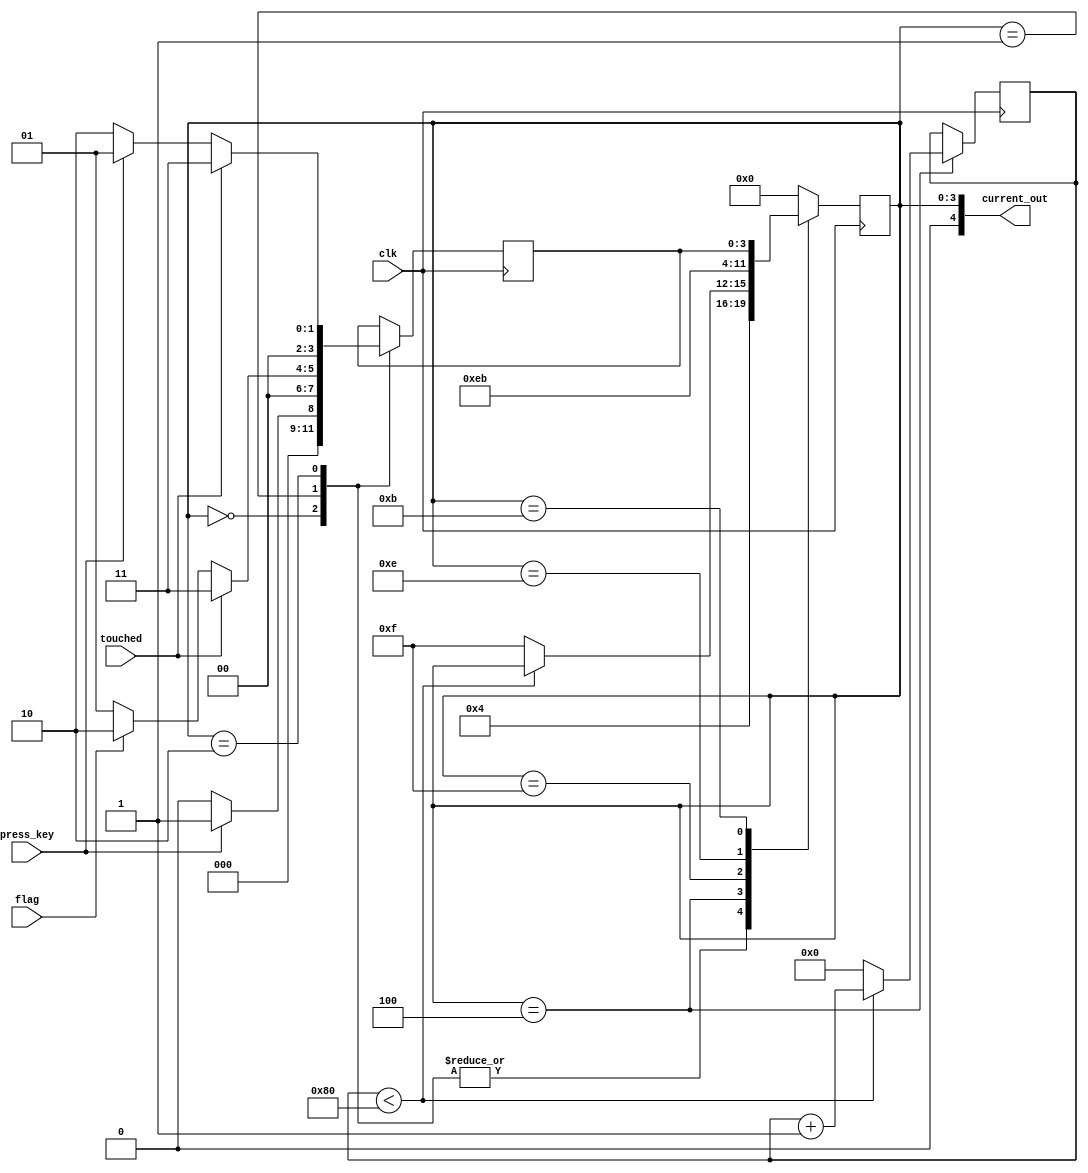
module control_bird(clk, flag, press_key, touched, current_out);
        input clk;
        input press_key;
        input touched;
        input flag; // whether bird is too high
        output [4:0] current_out;
        //current state and next state
        reg [3:0] next, afterDraw, current;
        
        localparam B_START = 5'b00000, B_RAISING = 5'b00001, B_FALLING = 5'b00010, B_STOP = 5'b00011, B_DRAW = 5'b00100, B_DEL = 5'b01111, B_UPDATE = 5'b01110, B_UPDATE_VY = 5'b01011; 
	
			reg [19:0]counter = 20'b00000000000000000000;
        always@(posedge clk)
        begin: state_table
                case(current)
                        B_START: begin
                                afterDraw <= press_key ? B_RAISING : B_START;
                                current <= B_DRAW;
                        end
                        B_RAISING: begin
                                if (touched) afterDraw <= B_STOP;
                                else afterDraw  <= flag ? B_FALLING : B_RAISING;
                                current <= B_DRAW;
                        end
                        B_FALLING: begin
                                if (touched) afterDraw <= B_STOP;
                                else begin 
										  afterDraw  <= press_key ? B_RAISING : B_FALLING;
										  end
                                current <= B_DRAW;
                        end
                        B_STOP: begin
									current <= B_START;
                        end
								B_DRAW: begin
									if(counter < 20'b00000000000010000000)
										counter = counter + 1'b1;
									else
									begin
										counter = 1'b0;
										current = B_DEL;
									end
								end
                        B_DEL: current <= B_UPDATE;
								B_UPDATE: current <= B_UPDATE_VY;
								B_UPDATE_VY: current <= afterDraw;
                        default current <= B_START;
                endcase
        end
	assign current_out = current;
        
        /*//enable signals
        always@(*)
        begin: enable_signals
                start = 1'b0;
                move = 1'b0;
                
                case(current)
                        B_START: start = 1'b1;
                        B_RAISING: move = 1'b1;
                        B_FALLING: move  = 1'b1;
                endcase
        end*/
                
        /*
        //state register
        always@(posedge clk)
        begin: state_FFS
                if (!resetn)
                        current <= B_START;
                else
                        current <= next;
        end*/
endmodule

/*
module control_bird(clk, flag, press_key, touched, finished_draw, current_out, progress);
        input clk;
        input press_key;
        input touched;
        input flag; // whether bird is too high
		  input finished_draw;
        output [3:0] current_out;
		  output progress;
        //current state and next state
        reg [3:0] next, afterDraw, current;
        
        localparam B_START = 4'b0000, B_RAISING = 4'b0001, B_FALLING = 4'b0010, B_STOP = 4'b0011, B_DRAW = 4'b0100, B_DEL = 4'b1111, B_UPDATE = 4'b1110; 
	
		reg finished;
        always@(posedge clk)
        begin: state_table
					
                case(current)
                        B_START: begin
											finished <= 1'b0;
                                afterDraw <= press_key ? B_RAISING : B_START;
                                current <= B_DRAW;
										  finished <= 1'b1;
                        end
                        B_RAISING: begin
										finished <= 1'b0;
                                if (touched) afterDraw <= B_STOP;
                                else afterDraw  <= flag ? B_FALLING : B_RAISING;
                                current <= B_DRAW;
										  finished <= 1'b1;
                        end
                        B_FALLING: begin
										finished <= 1'b0;
                                if (touched) afterDraw <= B_STOP;
                                else afterDraw  <= press_key ? B_RAISING : B_FALLING;
                                current <= B_DRAW;
										  finished <= 1'b1;
                        end
                        B_STOP: begin
									finished <= 1'b0;
									if (touched) begin
									current <= B_START;
									finished <= 1'b1;
									end
                        end
								B_DRAW: current <= B_DEL;
                        B_DEL: current <= B_UPDATE;
								B_UPDATE: begin
								finished <=1'b0;
								current <= afterDraw;
								finished <=1'b1;
								end
                        default current <= B_START;
                endcase
        end
	assign current_out = current;
	
	assign progress = current == B_DRAW || current == B_DEL ? finished_draw : 
						 finished; //DEFAULT
                

endmodule
*/